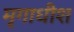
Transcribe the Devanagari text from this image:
मृगाधीश